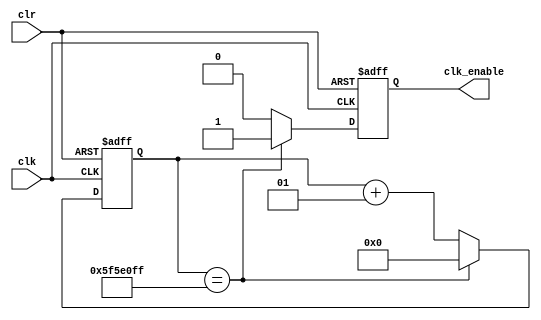
`timescale 1ns / 1ps
//////////////////////////////////////////////////////////////////////////////////
// Company: 
// Engineer: 
// 
// Design Name: 
// Module Name: clkenable
// Project Name: 
// Target Devices: 
// Tool Versions: 
// Description: 
// 
// Dependencies: 
// 
// Revision:
// Revision 0.01 - File Created
// Additional Comments:
// 
//////////////////////////////////////////////////////////////////////////////////


module clkenable(
    input wire clk,
    input wire clr,
    output reg clk_enable
    );
    
    integer count = 0;
    
    always @(posedge clk or posedge clr)
        if(clr == 1) begin
            count <= 0;
            clk_enable <= 0;
        end
        else if(count == 99999999) begin
            count <= 0;
            clk_enable <= 1;
        end else begin
            count <= count + 1;
            clk_enable <= 0;
        end
    
endmodule